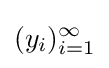
(y_{i})_{i=1}^{\infty }